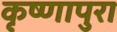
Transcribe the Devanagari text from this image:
कृष्णापुरा